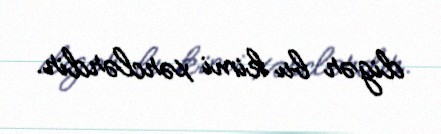
digər bu kimi xərclərdir.